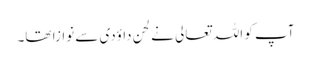
آپ کو اللہ تعالی نے لحن داؤدی سے نوازا تھا۔